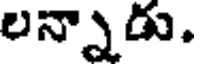
లన్నాడు.